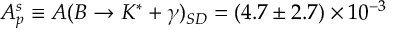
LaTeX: A _ { p } ^ { s } \equiv A ( B \to K ^ { \ast } + \gamma ) _ { S D } = ( 4 . 7 \pm 2 . 7 ) \times 1 0 ^ { - 3 }